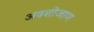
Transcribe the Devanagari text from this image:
अवशोजाण